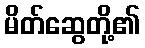
မိတ်ဆွေတို့၏